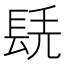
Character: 𨱷